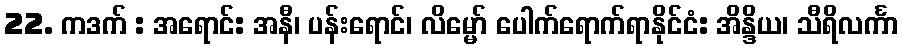
22. ကဒက် : အရောင်: အနီ၊ ပန်းရောင်၊ လိမ္မော် ပေါက်ရောက်ရာနိုင်ငံ: အိန္ဒိယ၊ သီရိလင်္ကာ